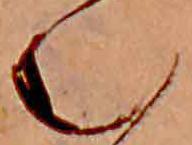
む